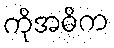
ကိုအဓိက